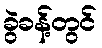
ခွဲခန့်တွင်